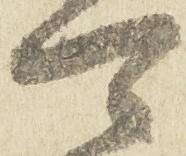
可